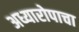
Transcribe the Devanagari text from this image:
अध्यारोपाचा